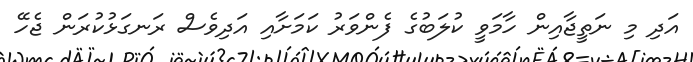
އަދި މި ނަތީޖާއިން ހާމަވީ ކުލަބުގެ ފެންވަރު ކަމަށާއި އަދިވެސް ރަނގަޅުކުރަން ޖެހޭ